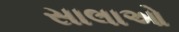
સાલાઓ